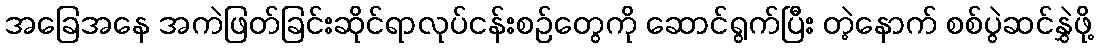
အခြေအနေ အကဲဖြတ်ခြင်းဆိုင်ရာလုပ်ငန်းစဉ်တွေကို ဆောင်ရွက်ပြီး တဲ့နောက် စစ်ပွဲဆင်နွှဲဖို့